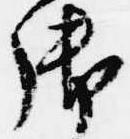
御